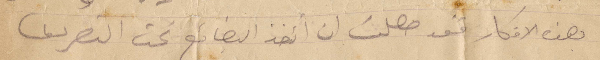
بهذه الأفكار فقد حصلت ان اتخذ البضائع تحت التصرف